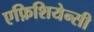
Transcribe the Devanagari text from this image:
एफ़िशियेन्सी